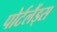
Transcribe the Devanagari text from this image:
पोर्टलैंड्स